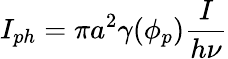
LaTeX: I_{ph}=\pi a^{2}\gamma(\phi_{p})\frac{I}{h\nu}